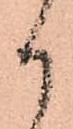
か